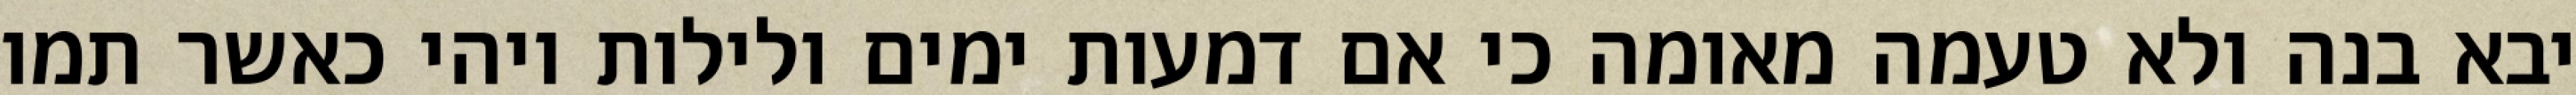
יבא בנה ולא טעמה מאומה כי אם דמעות ימים ולילות ויהי כאשר תמו